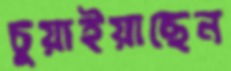
চুয়াইয়াছেন